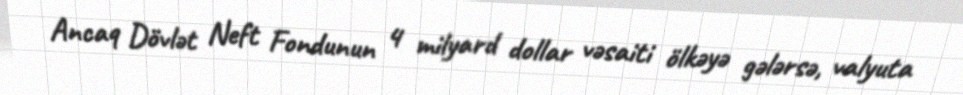
Ancaq Dövlət Neft Fondunun 4 milyard dollar vəsaiti ölkəyə gələrsə, valyuta